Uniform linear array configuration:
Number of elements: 4
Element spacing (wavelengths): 0.5
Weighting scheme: exponential
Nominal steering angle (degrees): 0
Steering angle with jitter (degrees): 1.366
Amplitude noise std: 0.05
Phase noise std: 0.05

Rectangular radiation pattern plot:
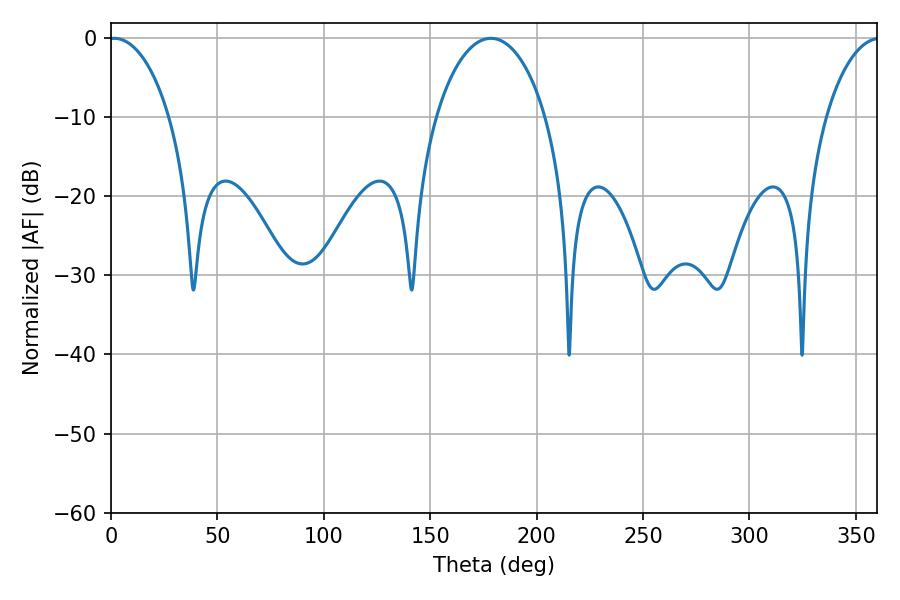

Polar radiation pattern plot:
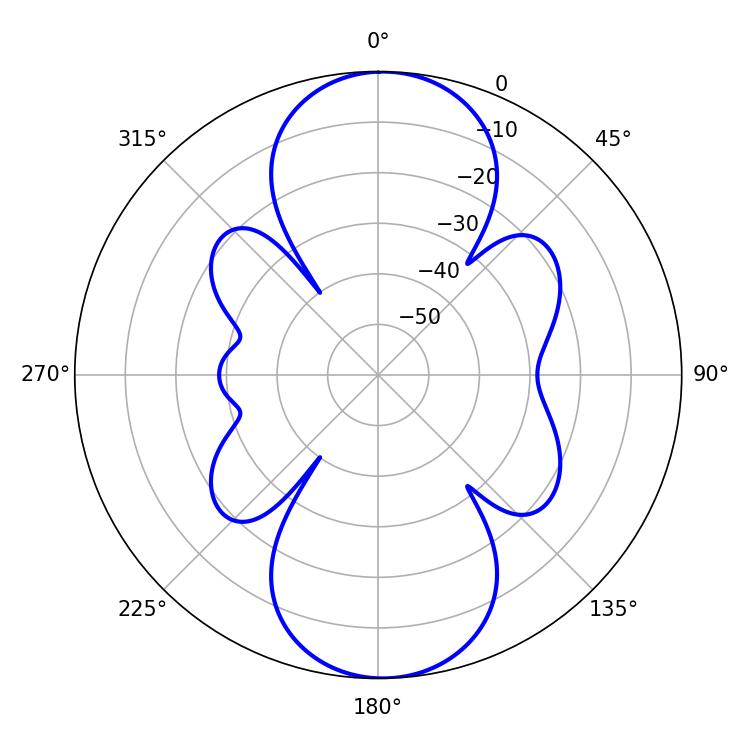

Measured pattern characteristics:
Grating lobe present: FALSE
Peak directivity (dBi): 17.9
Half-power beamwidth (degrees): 16.2
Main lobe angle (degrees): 1.44